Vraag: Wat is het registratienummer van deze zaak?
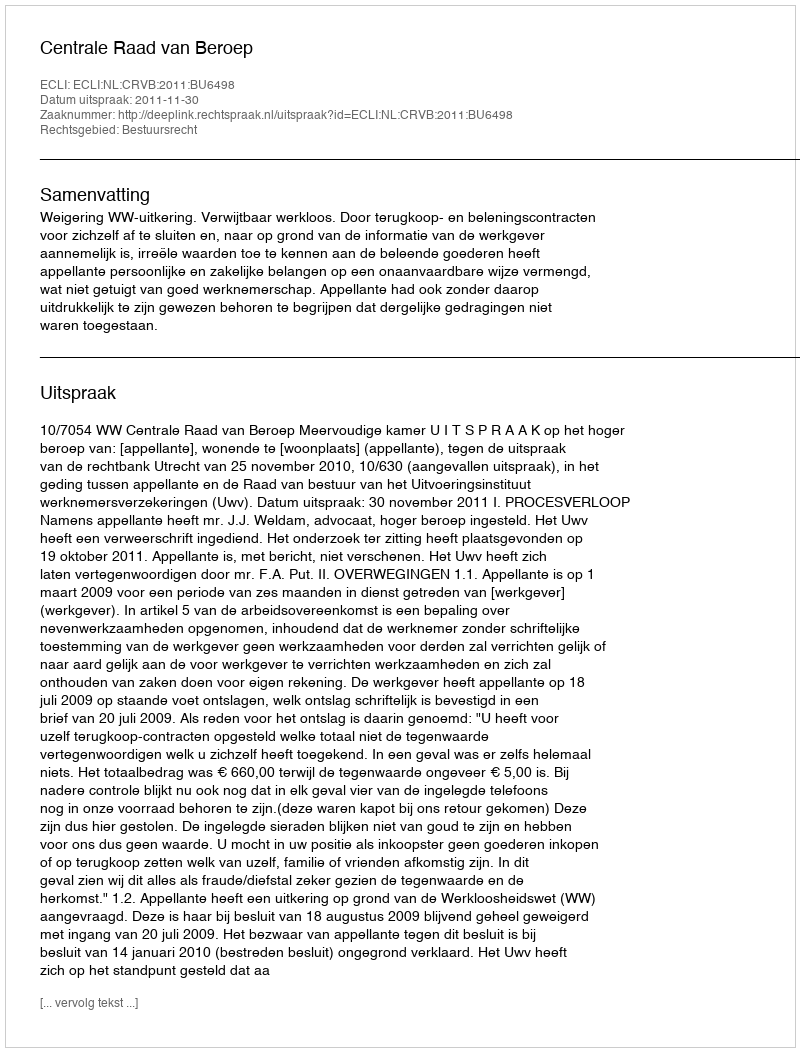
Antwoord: http://deeplink.rechtspraak.nl/uitspraak?id=ECLI:NL:CRVB:2011:BU6498